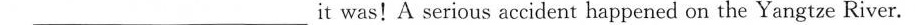
____ it was！A serious accident happened on the Yangtze River。